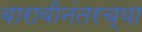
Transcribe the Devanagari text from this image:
बारावीनंतरच्या